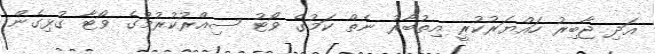
އަދި ޖާބިރު ހައްޔަރުކުރީ އިތުބާރު ނެތް ކަމުގެ ވޯޓު ސިއްރުކުރުމުގެ ވޯޓާ ގުޅިގެން